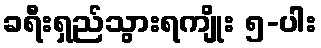
ခရီးရှည်သွားရကျိုး ၅-ပါး